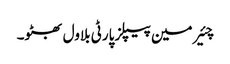
چئیرمین پیپلز پارٹی بلاول بھٹو۔